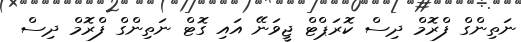
ނަތިންގް ފްރޮމް ދިސް ކޮރަޕްޓް ޖީވަނޭ އައި ގޮޓް ނަތިންގް ފްރޮމް ދިސް